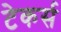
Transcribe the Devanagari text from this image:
टेकर्स